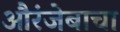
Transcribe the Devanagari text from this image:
औरंजेबाचा